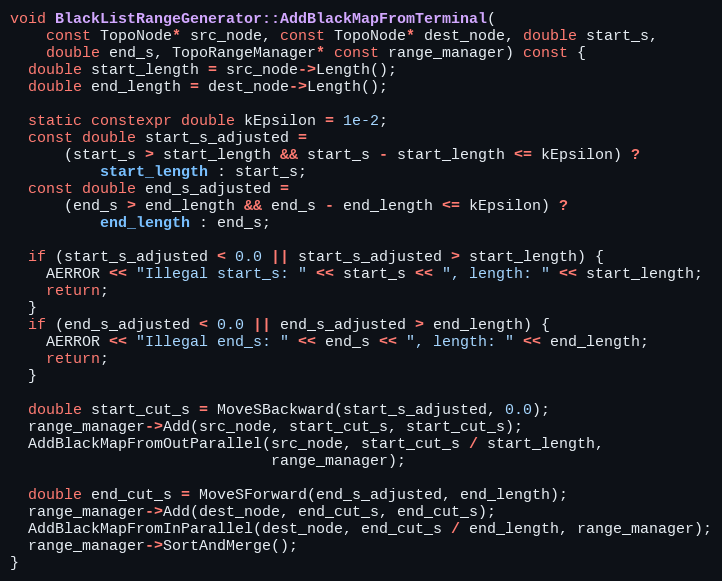
Language: C++
void BlackListRangeGenerator::AddBlackMapFromTerminal(
    const TopoNode* src_node, const TopoNode* dest_node, double start_s,
    double end_s, TopoRangeManager* const range_manager) const {
  double start_length = src_node->Length();
  double end_length = dest_node->Length();

  static constexpr double kEpsilon = 1e-2;
  const double start_s_adjusted =
      (start_s > start_length && start_s - start_length <= kEpsilon) ?
          start_length : start_s;
  const double end_s_adjusted =
      (end_s > end_length && end_s - end_length <= kEpsilon) ?
          end_length : end_s;

  if (start_s_adjusted < 0.0 || start_s_adjusted > start_length) {
    AERROR << "Illegal start_s: " << start_s << ", length: " << start_length;
    return;
  }
  if (end_s_adjusted < 0.0 || end_s_adjusted > end_length) {
    AERROR << "Illegal end_s: " << end_s << ", length: " << end_length;
    return;
  }

  double start_cut_s = MoveSBackward(start_s_adjusted, 0.0);
  range_manager->Add(src_node, start_cut_s, start_cut_s);
  AddBlackMapFromOutParallel(src_node, start_cut_s / start_length,
                             range_manager);

  double end_cut_s = MoveSForward(end_s_adjusted, end_length);
  range_manager->Add(dest_node, end_cut_s, end_cut_s);
  AddBlackMapFromInParallel(dest_node, end_cut_s / end_length, range_manager);
  range_manager->SortAndMerge();
}